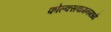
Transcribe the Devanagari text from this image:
फोल्क्सवागनमध्ये